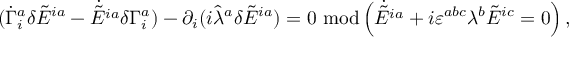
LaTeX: ( \dot { \Gamma } _ { i } ^ { a } \delta \tilde { E } ^ { i a } - \dot { \tilde { E } ^ { i a } } \delta \Gamma _ { i } ^ { a } ) - \partial _ { i } ( i \hat { \lambda } ^ { a } \delta \tilde { E } ^ { i a } ) = 0 \ \mathrm { m o d } \left( \dot { \tilde { E } ^ { i a } } + i \varepsilon ^ { a b c } \lambda ^ { b } \tilde { E } ^ { i c } = 0 \right) ,